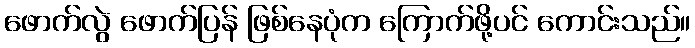
ဖောက်လွဲ ဖောက်ပြန် ဖြစ်နေပုံက ကြောက်ဖို့ပင် ကောင်းသည်။